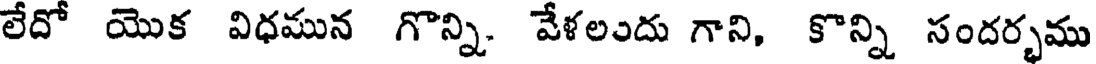
లేదో యొక విధమున గొన్ని. వేళలందు గాని, కొన్ని సందర్భము